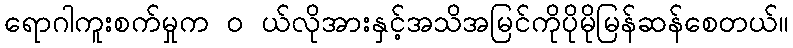
ရောဂါကူးစက်မှုက ၀ ယ်လိုအားနှင့်အသိအမြင်ကိုပိုမိုမြန်ဆန်စေတယ်။